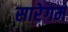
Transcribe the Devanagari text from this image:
सारेगम